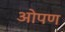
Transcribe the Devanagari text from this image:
ओपण